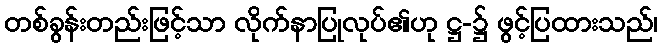
တစ်ခွန်းတည်းဖြင့်သာ လိုက်နာပြုလုပ်၏ဟု ဋ္ဌ-၌ ဖွင့်ပြထားသည်၊